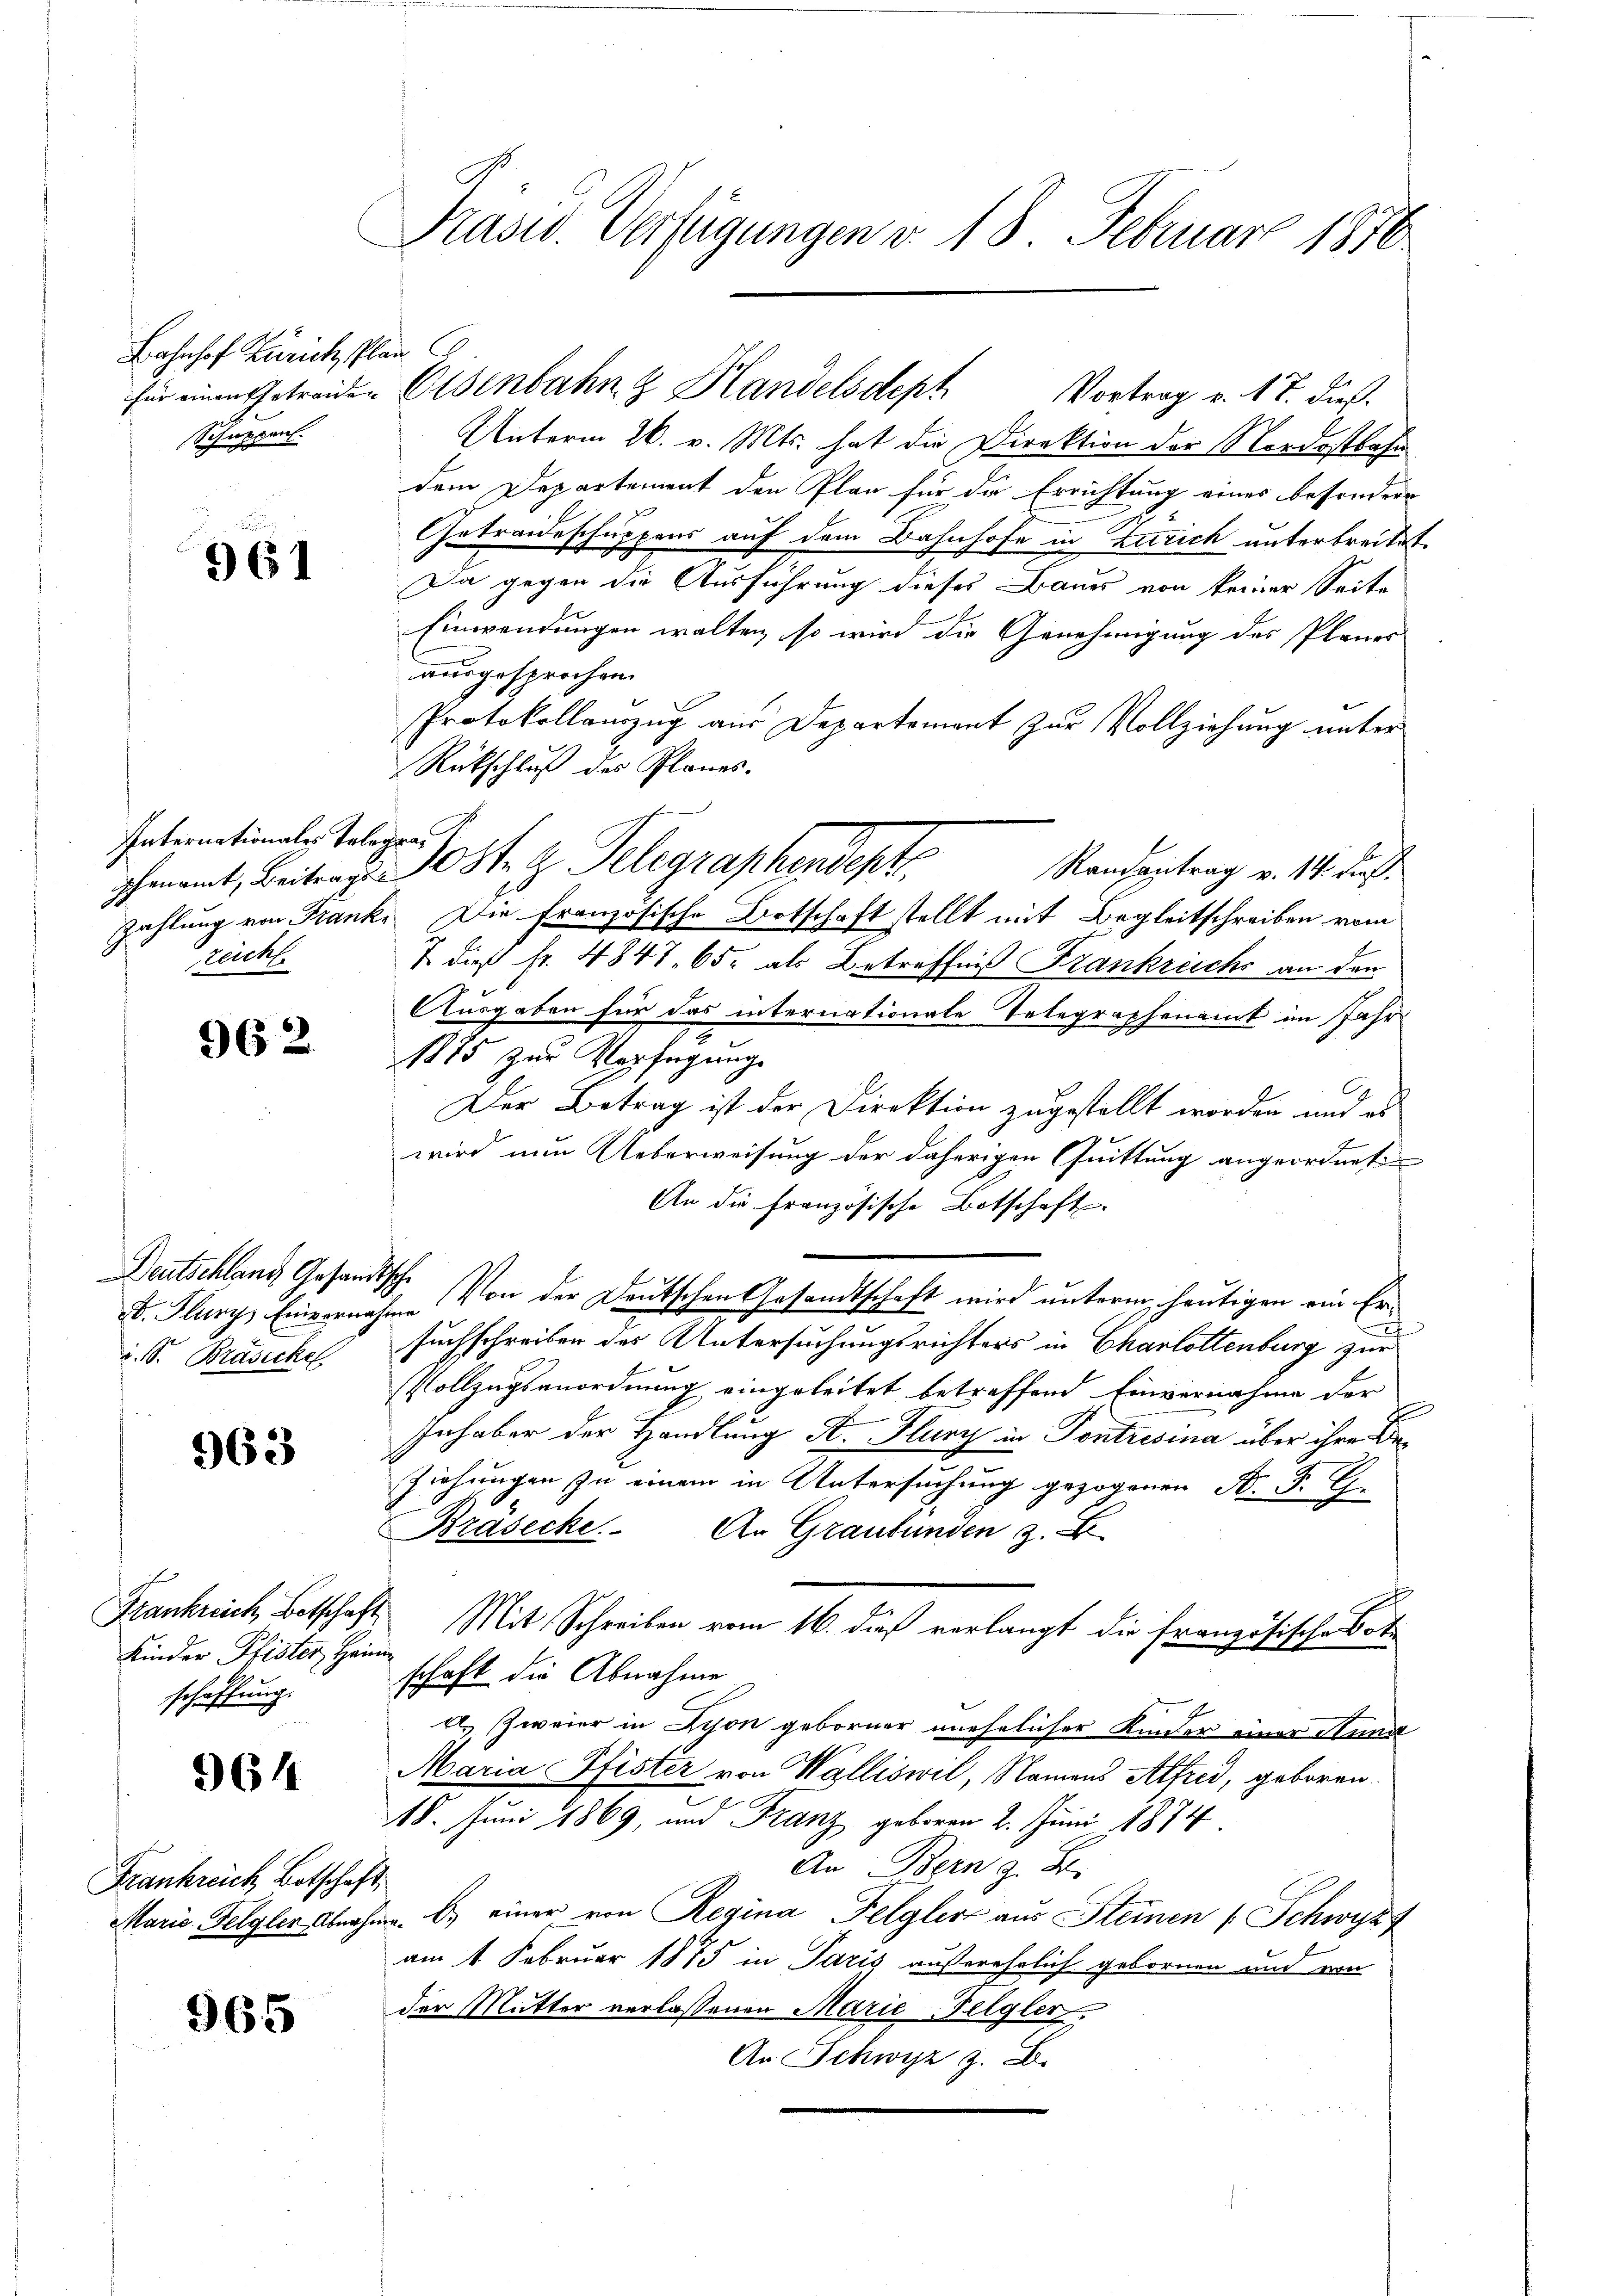
Bahnhof Zürich, Pla
für einen Betreiden
Schuppen.

961

Internationales Telegra
zeicht

962

Deutschland Gesandt
B. Flury, Einvernahi. S. Brasickel

963

Frankreich, Botschaft
Kinder Pfister, Hein
schaffung.

964

Frankreich Botschaft
Marie Felgler Abnah¬

965

Präsid. Verfügungen d. 18. Februar 1870

i
Unterm 26. v. Mts. hat die Direktion der Nordostbahn
dem Departement den Plan für die Errichtung eines besondere
1
Getraideschuppens auf dem Bahnhofe in Zürich unterbreitet.
Da gegen die Ausführung dieses Bauer von keiner Seite
Einwendungen walten, so wird die Genehmigung des Planer
ausgesprochen.
Protokollauszug aus Departement zur Vollziehung unter
Rückschluß des Planes.
pfenamt, Beitrage 10 St. G. Telegraphendept
Randantrag v. 14. dieß
Zahlung von Frank. Die Französische Botschaft stellt mit Begleitschreiben vom
7 dieß fr. 4847. 65. als Betreffnis Frankreichs an den
Ausgaben für das internationale Telegraphenamt in Jahr
1885 zur Verfügung
Der Betrag ist der Direktion zugestellt worden und es
wird nun Ueberweisung der daherigen Quittung angeordnet
An die französische Botschaft
t.
 Von der Deutschen Gesandtschaft wird unterm heutigen ein Ersuchschreiben des Untersuchungsrichters in Charlottenburg zur
Vollzugsanordnung eingeleitet betreffend Einvernahme der
Inhaber der Handlung A. Flury in Pontresina über ihre Be¬
Ziehungen zu einem in Untersuchung gezogenen N. F. G
Bräsecke. An Graubünden z. B.
Mit Schreiben vom 16. dieß vorlangt die französische Bote
schaft die Abnahme
2. Zweier in Lyon geborner unehelicher Kinder einer Stund
Maria Pfister von Walliswil, Namens Alfred, geboren.
18. Juni 1869, und Franz geboren 2. Juni 1874
An Bern z. B.
da. b. einer von Regina Felgler aus Steinen (Schwyt
am 1. Februar 1875 in Paris außerehrlich gebornen und von
der Mutter verlassenen Marie-Felgler.
An Schwyz z. B.

Eisenbahng Handelsdept
Vortrag v. 18. dieß.